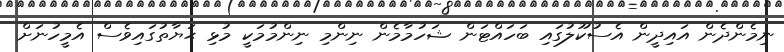
ނިމެންދެން އައިދީން އެސުކޫލުގައި ބަހައްޓަން ޝަހުމާމެން ނިންމި ނިންމުމަކީ މުޅި ޙަޔާތުގައިވެސް އެމީހުނަށް